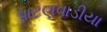
પાટણવાડીયા